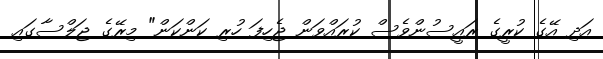
އަދި އޭގެ ކުރީގެ ރައީސުންވެސް ކުރައްވަން ޖެހިފަ ހުރި ކަންކަން" މިރޭގެ ޖަލްސާގައި